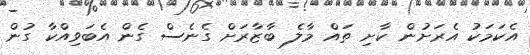
އެކަމަކު އެރަށުން ކާށި ތައް މާލެ ބާޒާރަށް ގެނެސް ގެން އެބަވިއްކާ ގުން